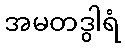
အမတဒွါရံ